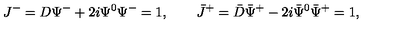
J ^ { - } = D \Psi ^ { - } + 2 i \Psi ^ { 0 } \Psi ^ { - } = 1 , \qquad \bar { J } ^ { + } = \bar { D } \bar { \Psi } ^ { + } - 2 i \bar { \Psi } ^ { 0 } \bar { \Psi } ^ { + } = 1 ,